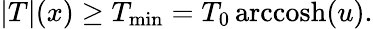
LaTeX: |T|(x)\ge T_{\mathrm{min}}=T_{0}\, \mathrm{arccosh}(u).